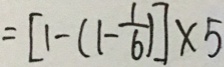
= [ 1 - ( 1 - \frac { 1 } { 6 } ) ] \times 5